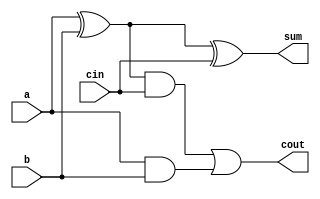
`timescale 1ns/1ps
// Full Adder
module FA(output sum, cout, input a, b, cin);
  wire w0, w1, w2;
  
  xor #(2) (w0, a, b);
  xor #(2) (sum, w0, cin);
  
  and #(1) (w1, w0, cin);
  and #(1) (w2, a, b);
  or #(1) (cout, w1, w2);
endmodule